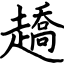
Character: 趫